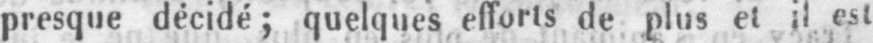
presque décidé; quelques efforts de plus et il est